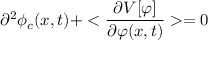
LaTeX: \partial ^ { 2 } \phi _ { c } ( x , t ) + < { \frac { \partial V [ \varphi ] } { \partial \varphi ( x , t ) } } > = 0